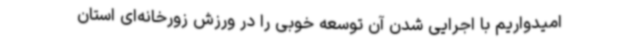
امیدواریم با اجرایی شدن آن توسعه خوبی را در ورزش‌ زورخانه‌ای استان